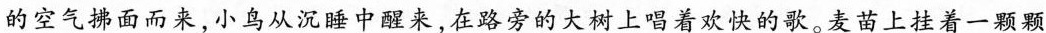
的空气拂面而来，小鸟从沉睡中醒来，在路旁的大树上唱着欢快的歌。麦苗上挂着一颗颗